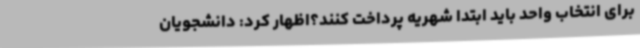
برای انتخاب واحد باید ابتدا شهریه پرداخت کنند؟اظهار کرد: دانشجویان